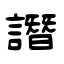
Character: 譖